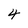
Character: 4